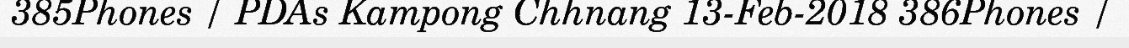
385Phones / PDAs Kampong Chhnang 13-Feb-2018 386Phones /